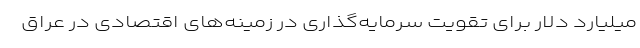
میلیارد دلار برای تقویت سرمایه‌گذاری در زمینه‌های اقتصادی در عراق